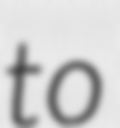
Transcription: to